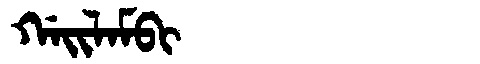
Manchu: ᡤᠠᡳᠯᠠᠮᠪᡳ
Romanization: GAILAMBI